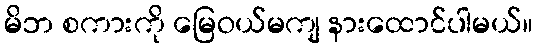
မိဘ စကားကို မြေဝယ်မကျ နားထောင်ပါမယ်။